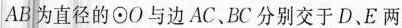
AB为直径的\odot O与边AC、BC分别交于D、E两